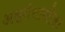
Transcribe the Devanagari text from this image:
अश्वगंधाव्लेहा